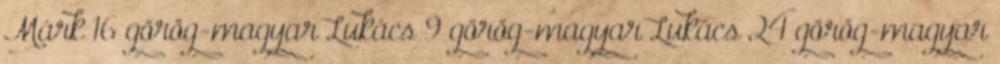
Márk 16 görög-magyar Lukács 9 görög-magyar Lukács 24 görög-magyar